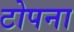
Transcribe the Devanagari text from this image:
टोपना